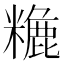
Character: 𥼡